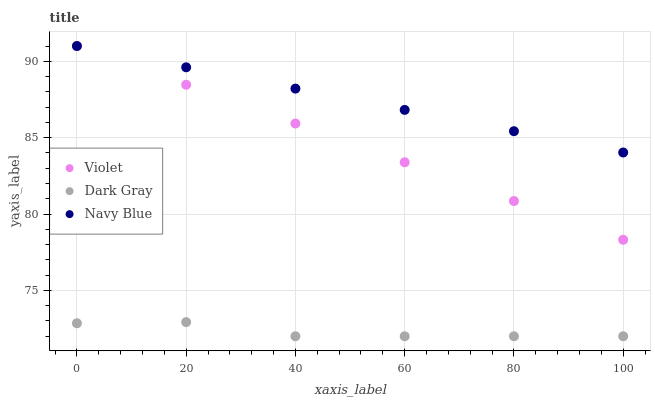
| xaxis_label | Violet | Dark Gray | Navy Blue |
 | --- | --- | --- | --- |
 | 0 | 91 | 72.9 | 91 |
 | 20 | 88.5 | 72.9 | 89.6 |
 | 40 | 85.9 | 72 | 88.2 |
 | 60 | 83.4 | 72 | 86.8 |
 | 80 | 80.9 | 72 | 85.4 |
 | 100 | 78.3 | 72 | 84 |